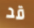
قد